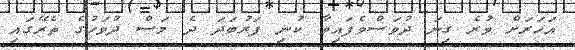
އަހަރަށް ވުރެ ގިނަ ދުވަސްވެފައިވާ ކުނި ފަރުބަދަ ދެ މަސް ދުވަހުގެ ތެރޭގައި